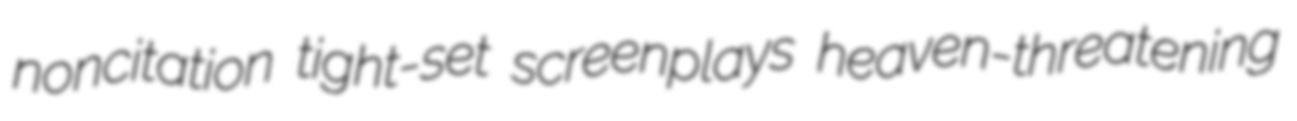
noncitation tight-set screenplays heaven-threatening